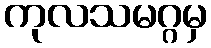
ကုလသမဂ္ဂမှ